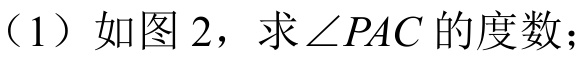
（1）如图 2，求\(\angle PAC\)的度数；